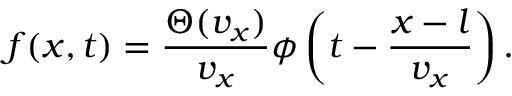
f ( x , t ) = \frac { \Theta ( v _ { x } ) } { v _ { x } } \phi \left( t - \frac { x - l } { v _ { x } } \right) .